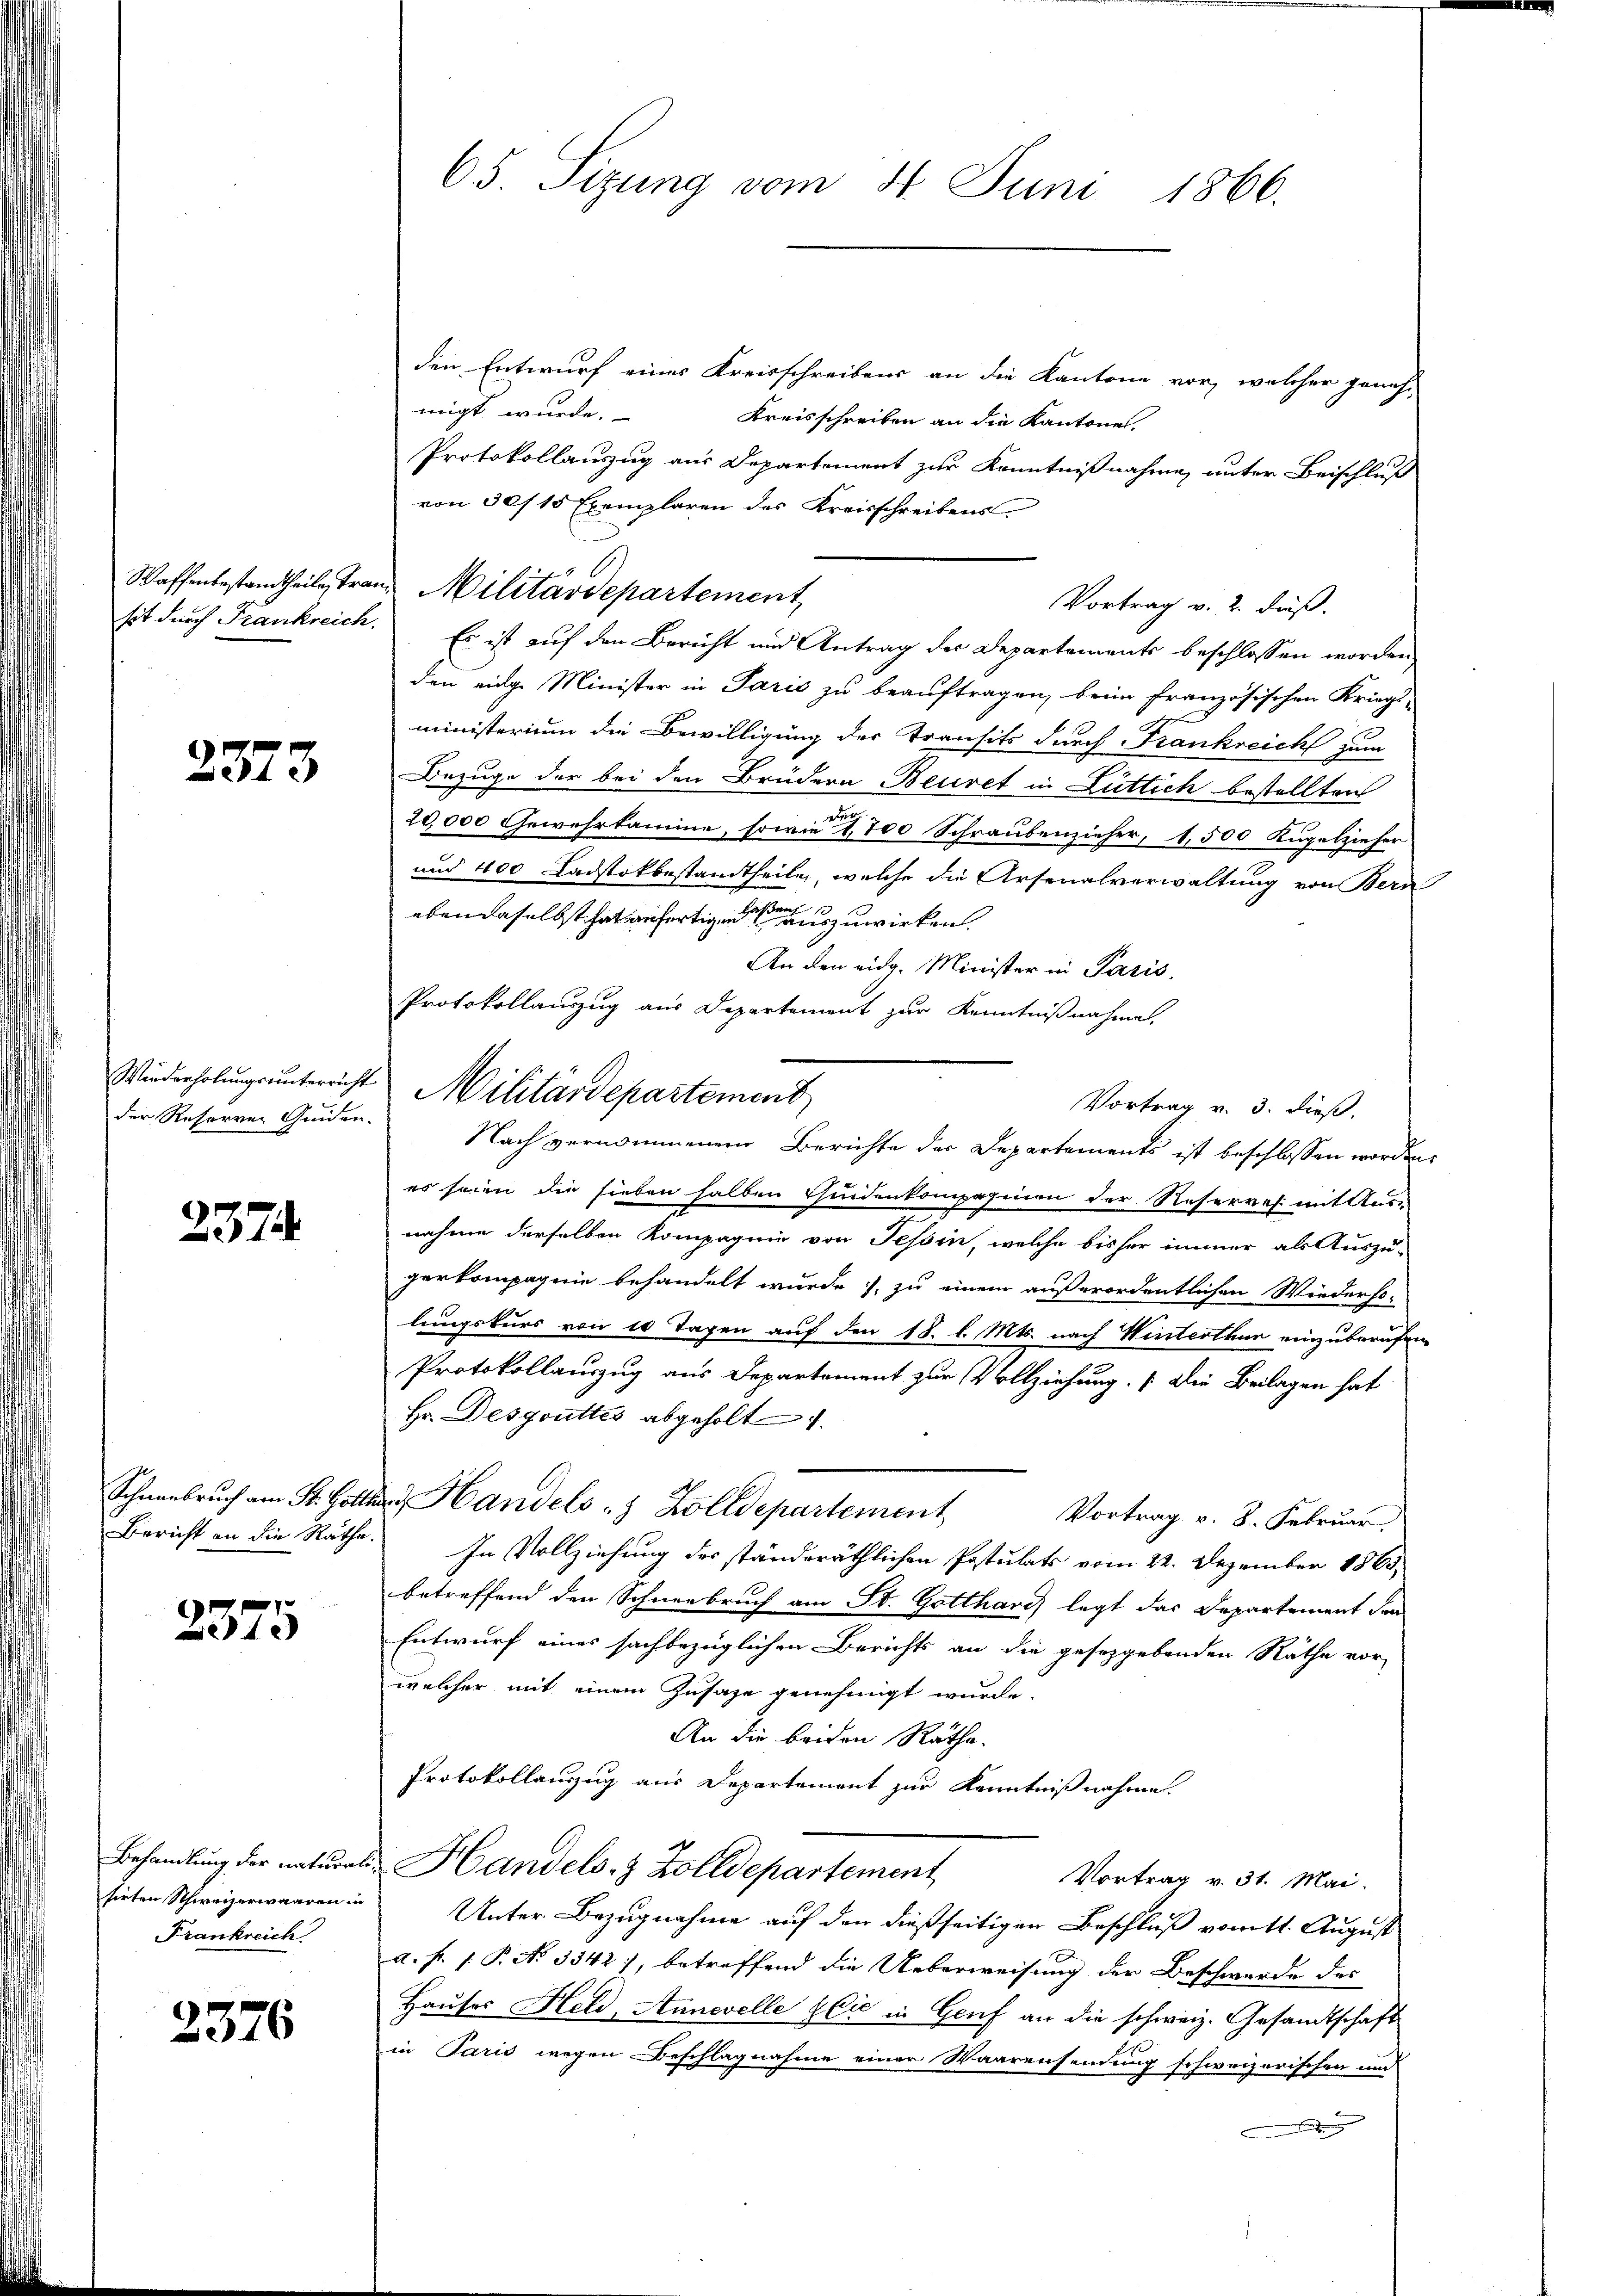
Waffenbestandtheile, trasit durch Frankreich.

2373

Wiederholungsunterricht
der Resorrer Guiden.

237

Schnenbruch am St. Gölle
Bericht an die Rathe

.
375

Behandlung der natural
sirten Schweizerwaaren in
Frankreich

2376

65. Sizung vom 31. Juni 1866.

den Entwurf eines Kreisschreibens an die Kantone vor, welcher genehmigt wurde.
Kreisschreiben an die Kantone.
Protokollauszug aus Departement zur Kenntnißnahmen unter Beischluß
von 30/15 Exemplaren des Kreisschreibens
Vortrag v. 2. daß.
Es ist auf den Bericht und Antrag des Departements beschlossen worden,
den einge Minister in Paris zu beauftragen, beim französischen Kriegs-
ministerium die Bewilligung der Transits durch Frankreich zum
Bezuge der bei den Brüdern Beuret in Lüttich bestellten
20,000 Gewehrkamme, sowie 1,700 Schraubenzieher, 1,500 Kugelzieher
und 400 Ladstokbestandtheile, welche die Arsenalverwaltung von Bern
eben daselbst hat verfertigen einen zuwirken.
An den eidg. Minister in Paris,
Protokollauszug aus Departement zur Kenntnißnahme,
Militärdepartement
Vortrag v. 3. dieß,
Nach vernommenen Berichte der Departements ist beschlossen worden,
es seien die sieben halben theidenkompaginen der Reserres mit Ausnahme derselben Kompagnie von Tessin, welche bisher immer als Auszu-
gerkompagnie behandelt wurde, zu einem außerordentlichen Wiederho-
lungskurs von 10 Tagen auf den 18. l. Mts. nach Winterthur einzuberufen
Protokollauszug aus Departament zur Vollziehung. (Die Beilagen hat
Hr. Desgouttis abgeholt
u Handels- & Zolldepartement
Vortrag v. 8. Februar
In Vollziehung des ständeräthlichen Postulats vom 22. Dezember 1865.
betreffend den Schneebruch am St. Gotthard legt das Departement den
Entwurf eines sachbezüglichen Berichts an die gesetzgebenden Räthe vor-
welcher mit einem Zusage genehmigt wurde.
An die beiden Räthe.
Protokollanzug aus Departement zur Kenntnißnahme.
Handels- & Zolldepartement
Vortrag v. 31. Mai.
Unter Bezugnahme auf den dießseitigen Beschluß vom 11. August
a. f. (: P. No 3342), betreffend die Ueberweisung der Beschwerde des
Hauses Held, Annevelle Elie in Genf an die schweiz. Gesandtschaft
in Paris wegen Beschlagnahme einer Waarensendung schweizerischen un

u. Militärdepartement,